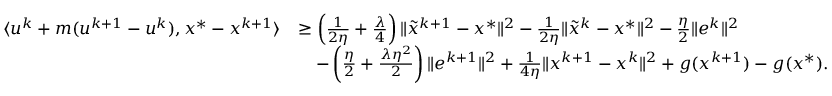
\begin{array} { r l } { \langle u ^ { k } + m ( u ^ { k + 1 } - u ^ { k } ) , x ^ { * } - x ^ { k + 1 } \rangle } & { \geq \left( \frac { 1 } { 2 \eta } + \frac { \lambda } { 4 } \right) \| { \tilde { x } } ^ { k + 1 } - x ^ { * } \| ^ { 2 } - \frac { 1 } { 2 \eta } \| { \tilde { x } } ^ { k } - x ^ { * } \| ^ { 2 } - \frac { \eta } { 2 } \| e ^ { k } \| ^ { 2 } } \\ & { \quad - \left( \frac { \eta } { 2 } + \frac { \lambda \eta ^ { 2 } } { 2 } \right) \| e ^ { k + 1 } \| ^ { 2 } + \frac { 1 } { 4 \eta } \| x ^ { k + 1 } - x ^ { k } \| ^ { 2 } + g ( x ^ { k + 1 } ) - g ( x ^ { * } ) . } \end{array}